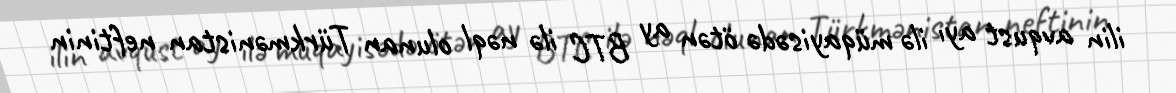
ilin avqust ayı ilə müqayisədə ötən ay BTC ilə nəql olunan Türkmənistan neftinin